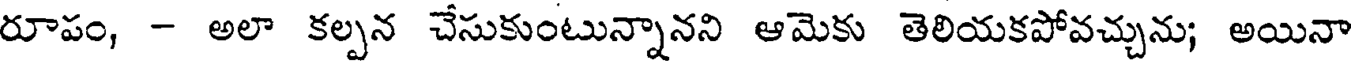
రూపం, - అలా కల్పన చేసుకుంటున్నానని ఆమెకు తెలియకపోవచ్చును; అయినా